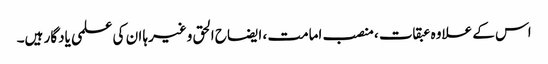
اس کے علاوہ عبقات ، منصب امامت ، ایضاح الحق وغیرہا ان کی علمی یادگار ہیں۔